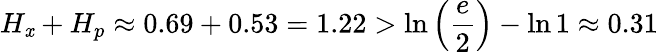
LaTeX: H_{\mathit{x}}+H_{p}\approx0.69+0.53=1.22>\ln\left({\frac{{e}}{{2}}}\right)-\ln1\approx0.31